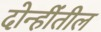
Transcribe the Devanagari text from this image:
दोन्हींतील